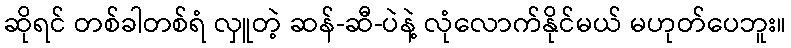
ဆိုရင် တစ်ခါတစ်ရံ လှူတဲ့ ဆန်-ဆီ-ပဲနဲ့ လုံလောက်နိုင်မယ် မဟုတ်ပေဘူး။